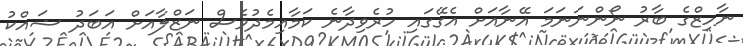
ނާހިޒްގެ ބާރު ނޯންނަނަމަ އޭނާއަށް އެގޭގައި ހުރެވިދާނެ ކަމާއިމެދުވެސް ނަޒްލާއަށް އަބަދު ޝައްކު